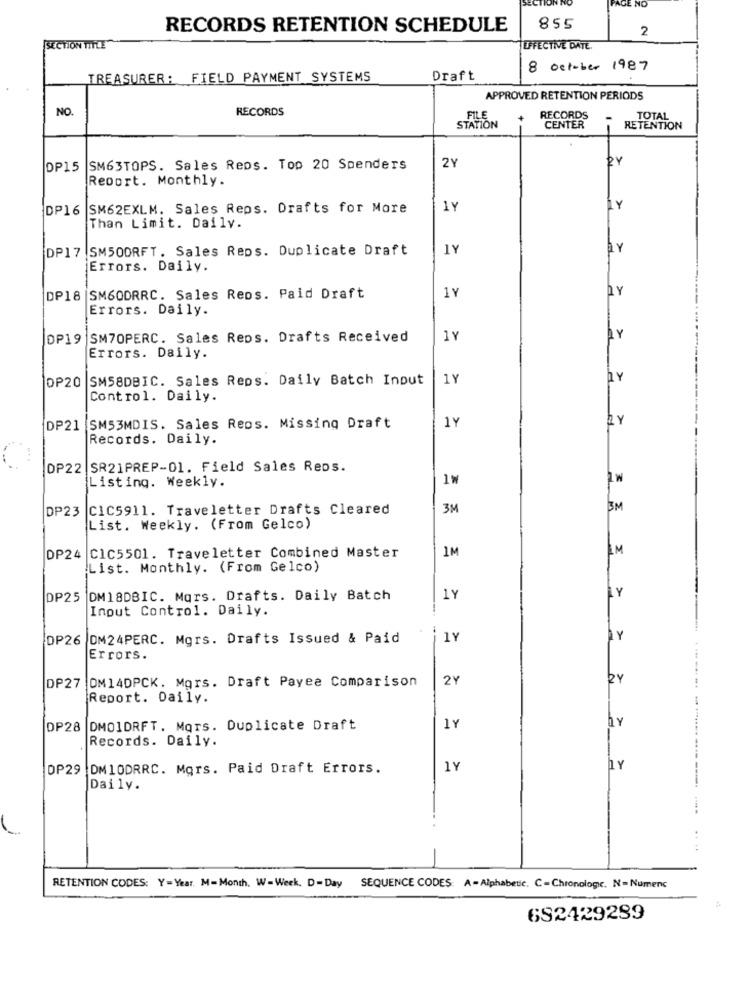
IGE NO
RECORDS RETENTION SCHEDULE
855
2
SECTION TITLE
EFFECTIVE DATE
8 October 1987
TREASURER: FIELD PAYMENT SYSTEMS
Draft
APPROVED RETENTION PERIODS
RECORDS
NO.
FILE
RECORDS
STATION
CENTER
RETENTION
2Y
DP15 SM63TOPS. Sales Reps. Top 20 Spenders
2Y
Report. Monthly.
DP16 SM62EXLM. Sales Reps. Drafts for More
1Y
LY
Than Limit. Daily.
DP17 SM50DRFT. Sales Reps. Duplicate Draft
1Y
LY
Errors. Daily.
DP18
SM60DRRC. Sales Reps. Paid Draft
1Y
Errors. Daily.
DP19 SM70PERC. Sales Reps. Drafts Received
1Y
LY
Errors. Daily.
DP20 SM58DBIC. Sales Reps. Daily Batch Input
1Y
hY
Control. Daily.
1Y
ZY
DP21 SM53MDIS. Sales Reps. Missing Draft
Records. Daily.
DP22 SR21PREP-01. Field Sales Reps.
Listing. Weekly.
1W
DP23 C1C5911. Traveletter Drafts Cleared
3M
3M
List. Weekly. (From Gelco)
DP24 C1C5501. Traveletter Combined Master
1M
IM
List. Monthly. (From Gelco)
LY
DP25 DM18DBIC. Mars. Drafts. Daily Batch
LY
Input Control. Daily.
DP26 OM24PERC. Mgrs. Drafts Issued & Paid
1Y
LY
Errors.
DP27 OM14DPCK. Mors. Draft Payee Comparison
2Y
2Y
Report. Daily.
DP28
DMOIDRFT. Mors. Duplicate Draft
1Y
Records. Daily.
OP29 DM10DRRC. Mors. Paid Draft Errors.
1Y
LY
Daily.
RETENTION CODES: Y=Year. M-Month. W-Week. D-Day SEQUENCE CODES: A-Alphabetic. C=Chronologie. N= Numenc
692429289